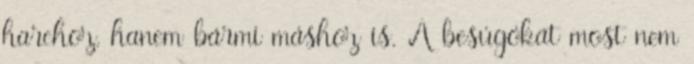
harchoz, hanem bármi máshoz is. A besúgókat most nem